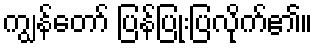
ကျွန်တော် ပြန်ပြုံးပြလိုက်၏။